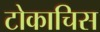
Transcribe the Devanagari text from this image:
टोकाचिस